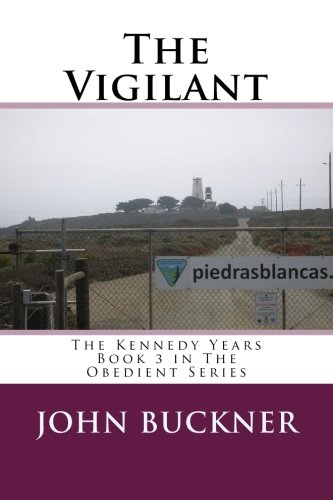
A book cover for The Vigilant: The Kennedy Years (The Obedient) (Volume 3); John Buckner; Christian Books & Bibles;